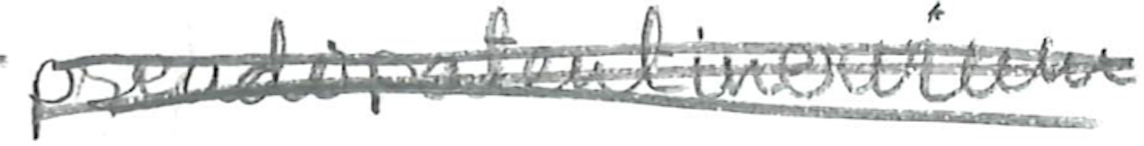
Text: pseudopatentinervium
Cross-out: scratch
Writing tool: pencil